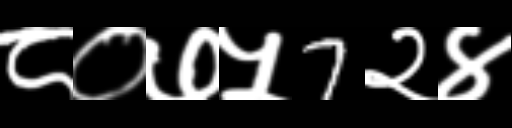
Text: ८०७५7२४